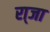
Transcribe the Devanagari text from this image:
रा्जा